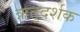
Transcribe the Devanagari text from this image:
ऋतुदर्शक